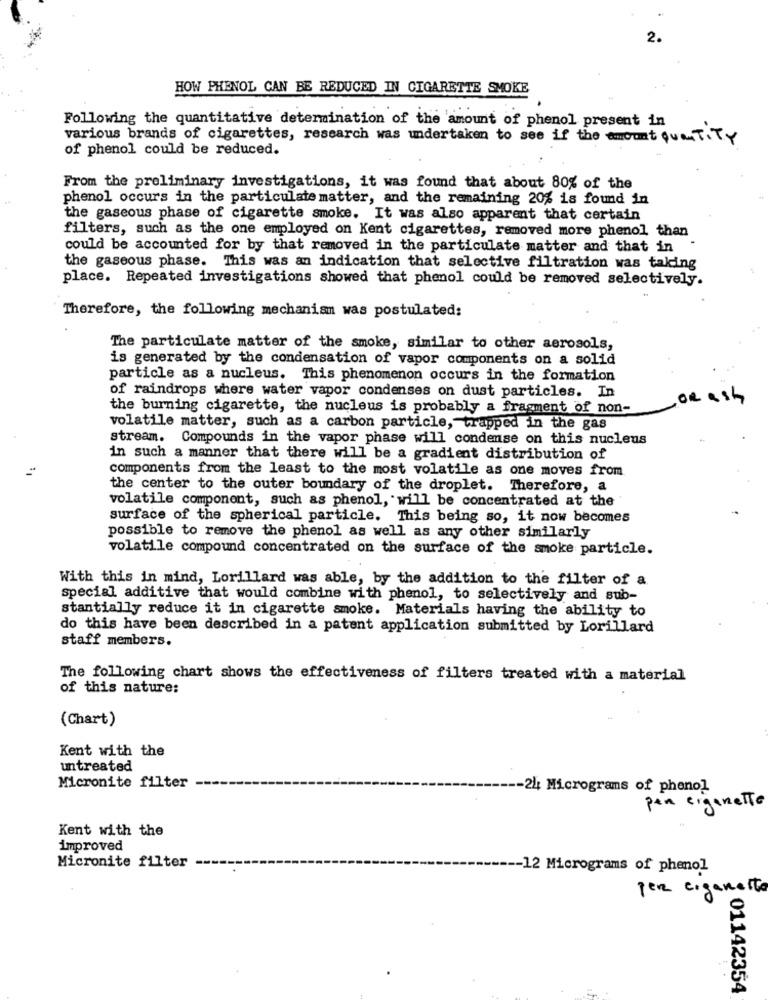
2.
HOW PHENOL CAN BE REDUCED IN CIGARETTE SMOKE
Following the quantitative determination of the amount of phenol present in
various brands of cigarettes, research was undertaken to see if the amount quantiTY
of phenol could be reduced.
From the preliminary investigations, it was found that about 80% of the
phenol occurs in the particulate matter, and the remaining 20% is found in
the gaseous phase of cigarette smoke. It was also apparent that certain
filters, such as the one employed on Kent cigarettes, removed more phenol than
could be accounted for by that removed in the particulate matter and that in
the gaseous phase. This was an indication that selective filtration was taking
place. Repeated investigations showed that phenol could be removed selectively.
Therefore, the following mechanism was postulated:
The particulate matter of the smoke, similar to other aerosols,
is generated by the condensation of vapor components on a solid
particle as a nucleus. This phenomenon occurs in the formation
of raindrops where water vapor condenses on dust particles. In
OR ash
the burning cigarette, the nucleus is probably a fragment of non-
volatile matter, such as a carbon particle, trapped in the gas
stream. Compounds in the vapor phase will condense on this nucleus
in such a manner that there will be a gradient distribution of
components from the least to the most volatile as one moves from
the center to the outer boundary of the droplet. Therefore, a
volatile component, such as phenol, will be concentrated at the
surface of the spherical particle. This being so, it now becomes
possible to remove the phenol as well as any other similarly
volatile compound concentrated on the surface of the smoke particle.
With this in mind, Lorillard was able, by the addition to the filter of a
special additive that would combine with phenol, to selectively and sub-
stantially reduce it in cigarette smoke. Materials having the ability to
do this have been described in a patent application submitted by Lorillard
staff members.
The following chart shows the effectiveness of filters treated with a material
of this nature:
(Chart)
Kent with the
untreated
Micronite filter
-24 Micrograms of phenol
pen eigeneTto
Kent with the
improved
Micronite filter
-- 12 Micrograms of phenol
per eigenesto
01142354